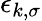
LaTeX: \epsilon_{k,\sigma}